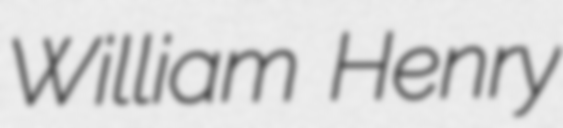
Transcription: William Henry